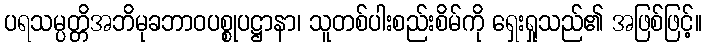
ပရသမ္ပတ္တိအဘိမုခဘာဝပစ္စုပဋ္ဌာနာ၊ သူတစ်ပါးစည်းစိမ်ကို ရှေးရှုသည်၏ အဖြစ်ဖြင့်။